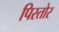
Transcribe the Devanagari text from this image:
पिस्तोर